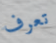
تعرف